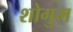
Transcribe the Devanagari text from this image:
शोगुम